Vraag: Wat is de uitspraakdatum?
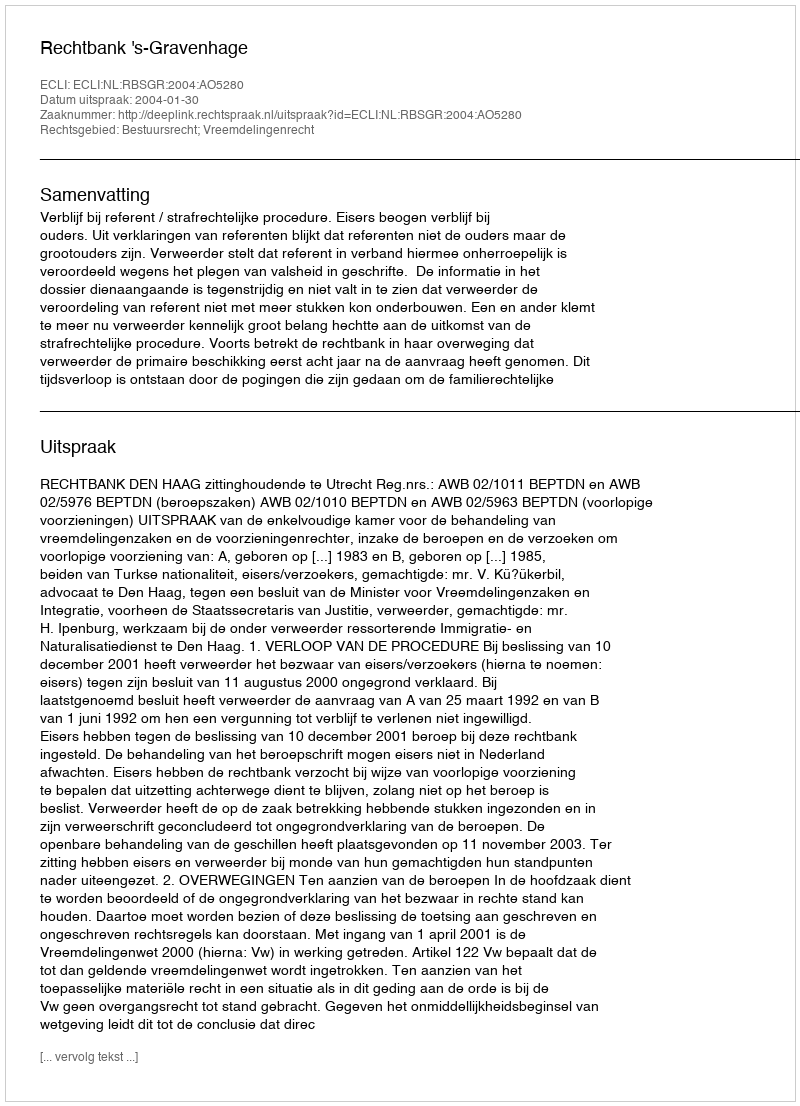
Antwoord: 2004-01-30